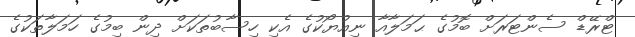
ޓްރޭޑް ސެންޓަރަށް ބޮމުގެ ޙަމަލާއާ ނިއުޔޯކުގެ އެކި ހިސާބުތަކަށް ދިން ބިމުގެ ހަމަލާތަކުގެ